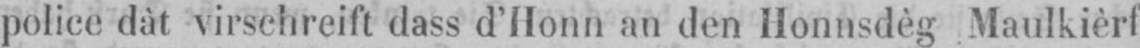
police dàt virschreift dass d’Honn an den Honnsdèg Maulkièrf